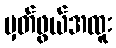
မှတ်ဖွယ်အထူး